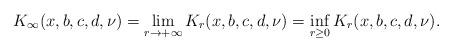
LaTeX: \begin{align*}K_\infty(x,b,c,d,\nu)=\lim_{r\rightarrow +\infty}K_r(x,b,c,d,\nu)=\inf_{r\ge 0}K_r(x,b,c,d,\nu).\end{align*}